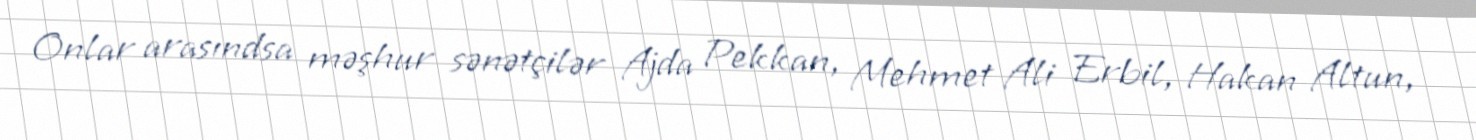
Onlar arasındsa məşhur sənətçilər Ajda Pekkan, Mehmet Ali Erbil, Hakan Altun,